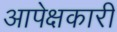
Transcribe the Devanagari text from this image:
आपेक्षकारी